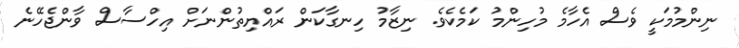
ނިންމުމަކީ ވެސް އެހާމެ މުހިންމު ކަމެކެވެ. ނިޒާމު ހިނގާކަން ރައްޔިތުންނަށް އިހްސާސް ވާންޖެހޭނެ